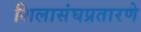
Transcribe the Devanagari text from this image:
शिलासंघप्रतारणे